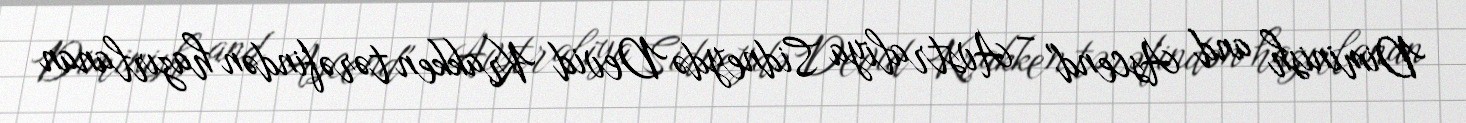
Diminish and Ascend" – Avstraliya Sidneydə Devid Krakken tərəfindən hazırlanan